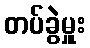
တပ်ခွဲမှူး